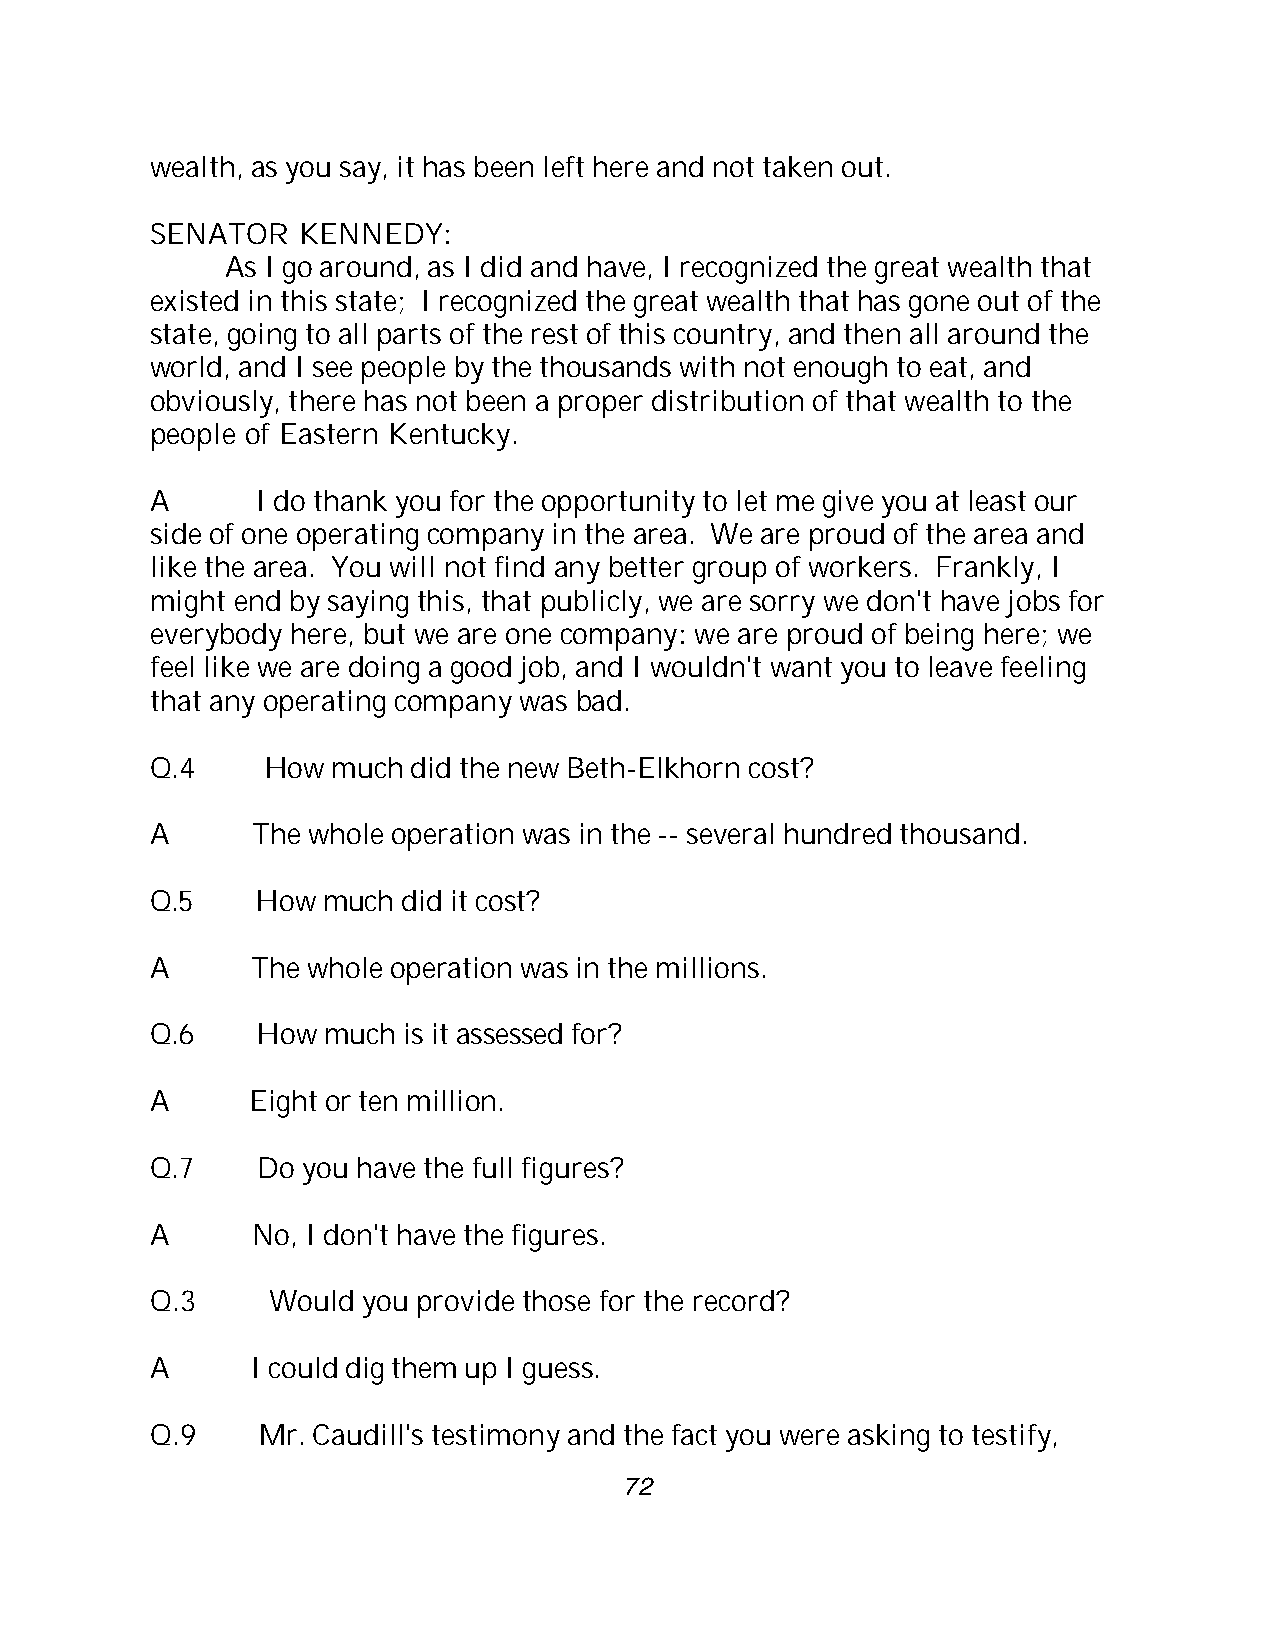
wealth, as you say, it has been left here and not taken out.
 SENATOR   KENNEDY:
 As I go around, as I did and have, I recognized the great wealth that
 existed in this state; I recognized the great wealth that has gone out of the
 state, going to all parts of the rest of this country, and then all around the
 world, and I see people by the thousands with not enough to eat, and
 obviously, there has not been a proper distribution of that wealth to the
 people of Eastern Kentucky.
 A      I do thank you for the opportunity to let me give you at least our
 side of one operating company in the area. We are proud of the area and
 like the area. You will not find any better group of workers. Frankly, I
 might end by saying this, that publicly, we are sorry we don't have jobs for
 everybody here, but we are one company: we are proud of being here; we
 feel like we are doing a good job, and I wouldn't want you to leave feeling
 that any operating company was bad.
 Q.4     How much did the new Beth-Elkhorn cost?
 A      The whole operation was in the -- several hundred thousand.
 Q.5    How much  did it cost?
 A      The whole operation was in the millions.
 Q.6    How much  is it assessed for?
 A      Eight or ten million.
 Q.7    Do you have the full figures?
 A      No, I don't have the figures.
 Q.3     Would you provide those for the record?
 A      I could dig them up I guess.
 Q.9    Mr. Caudill's testimony and the fact you were asking to testify,
 72